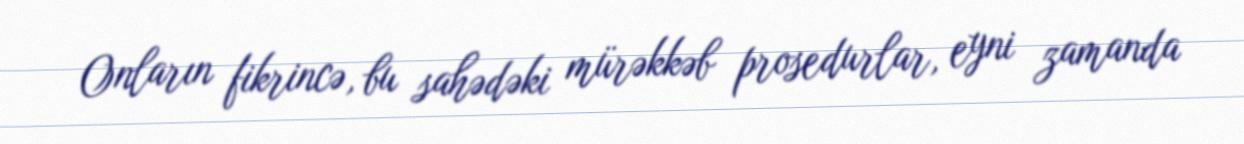
Onların fikrincə, bu sahədəki mürəkkəb prosedurlar, eyni zamanda